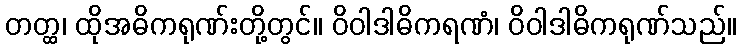
တတ္ထ၊ ထိုအဓိကရုဏ်းတို့တွင်။ ဝိဝါဒါဓိကရဏံ၊ ဝိဝါဒါဓိကရုဏ်သည်။